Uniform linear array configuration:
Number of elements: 8
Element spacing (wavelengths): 0.75
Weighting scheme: hamming
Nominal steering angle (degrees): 15
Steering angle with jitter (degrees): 16.166
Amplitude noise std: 0.05
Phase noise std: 0.05

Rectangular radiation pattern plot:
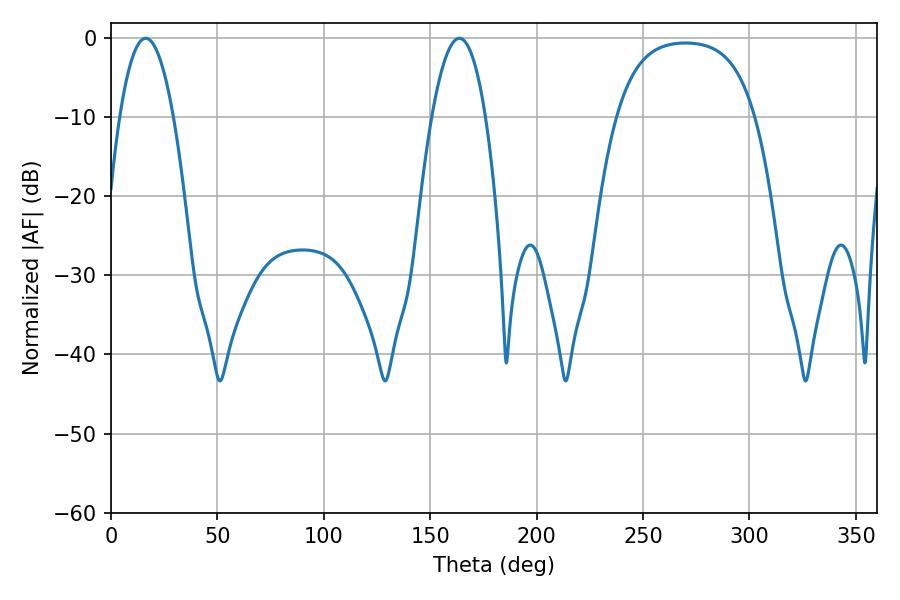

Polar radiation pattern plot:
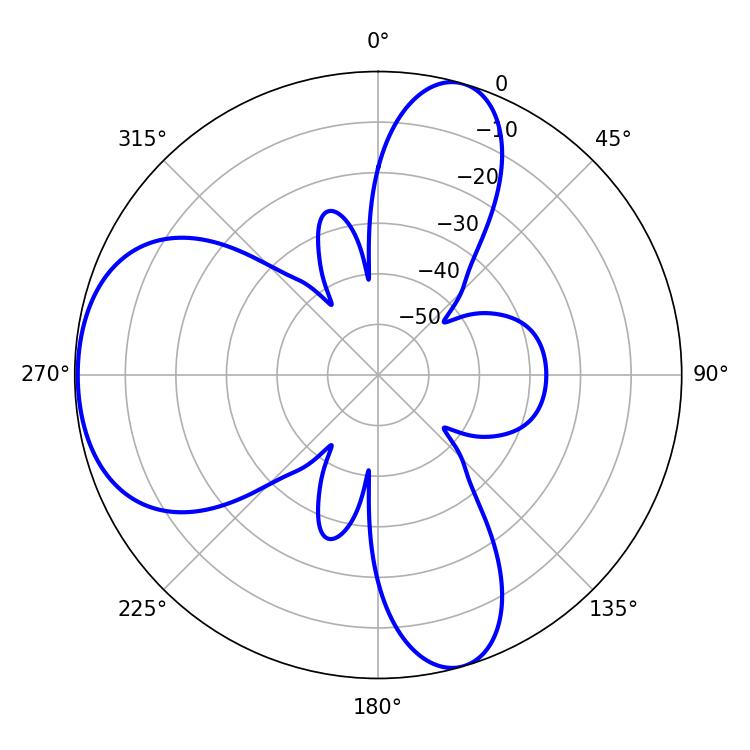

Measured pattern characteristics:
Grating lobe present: TRUE
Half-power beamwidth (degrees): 13.86
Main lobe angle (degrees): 16.38